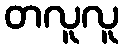
တလူလူ